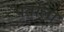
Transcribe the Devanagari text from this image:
पर्तोला